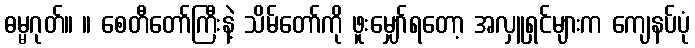
ဓမ္မဂုတ်။ ။ စေတီတော်ကြီးနဲ့ သိမ်တော်ကို ဖူးမျှော်ရတော့ အလှူရှင်များက ကျေနပ်ပုံ